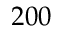
2 0 0